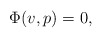
\begin{align*}\Phi(v,p) = 0,\end{align*}